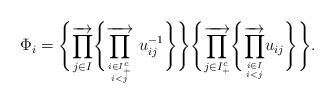
\begin{align*} \Phi_i= \Biggl\{ \overrightarrow{\prod_{j \in I}} \Biggl\{ \overrightarrow{\prod_{i \in I_{+}^{c} \atop i < j}}~u_{ij}^{-1} \Biggr\} \Biggr\} \Biggl\{\overrightarrow{\prod_{j \in I_{+}^{c}}}\Biggl\{ \overrightarrow{\prod_{i \in I \atop i < j }} u_{ij} \Biggr\} \Biggr\}.\end{align*}